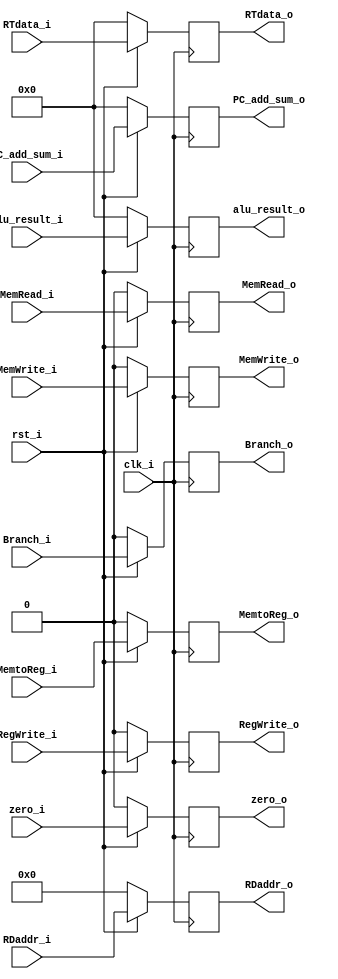
/***************************************************
Student Name: 
Student ID: 
***************************************************/

`timescale 1ns/1ps

module EX_MEM_pipeline_reg(
	input          clk_i,
    	input          rst_i,
	/*Control signal input*/
	input          MemtoReg_i,
	input          RegWrite_i,
	input          MemRead_i,
	input          MemWrite_i,
	input          Branch_i,
	
	//input [1:0]	Jump_i // not addressed in Lab5
	
	/*Data input*/
        input  		[32-1:0] PC_add_sum_i,
        input  			 zero_i,
        input 		[32-1:0] alu_result_i,
	input  		[32-1:0] RTdata_i,
	input  		[5-1:0]  RDaddr_i,

	/*Control signal output*/
	output reg          MemtoReg_o,
	output reg          RegWrite_o,
	output reg          MemRead_o,
	output reg          MemWrite_o,
	output reg          Branch_o,
	//output reg [1:0]    Jump_o // not addressed in Lab5

	/*Data output*/
	output reg [32-1:0] PC_add_sum_o,
        output reg 	    zero_o,
	output reg [32-1:0] alu_result_o,
	output reg [32-1:0]  RTdata_o,
	output reg [5-1:0]  RDaddr_o
);

always@(posedge clk_i) begin
	if(~rst_i) 
		begin
			/* WB */
			MemtoReg_o <= 1'b0;
	        	RegWrite_o <= 1'b0;
			// Jump_o <= 1'b0;
	        	/* M*/
			MemRead_o  <= 1'b0;
	        	MemWrite_o <= 1'b0;
	        	Branch_o   <= 1'b0;
			/* Data*/
			PC_add_sum_o   <= 32'd0;
			zero_o  <= 1'b0;
			alu_result_o  <= 32'd0;
			RTdata_o <= 32'd0;
			RDaddr_o   <= 5'd0;
	
		end
    	else 
		begin
			/* WB */
			MemtoReg_o <= MemtoReg_i;
	        	RegWrite_o <= RegWrite_i;
			// Jump_o <= Jump_i;
	        	/* M*/
			MemRead_o  <= MemRead_i;
	        	MemWrite_o <= MemWrite_i;
	        	Branch_o   <= Branch_i;
			/* Data*/
			PC_add_sum_o  <= PC_add_sum_i;
			zero_o   <= zero_i;
			alu_result_o  <= alu_result_i;
			RTdata_o <=  RTdata_i;
			RDaddr_o   <= RDaddr_i;
		end
//$display("%0dns :\$display: Opcode = %7b ALUSrc=%b RegWrite=%b Branch =%b ALUOp =%2b"  , $stime, instr_i[7-1:0], alusrc, regwrite, branch, ALU_OP);

end

endmodule